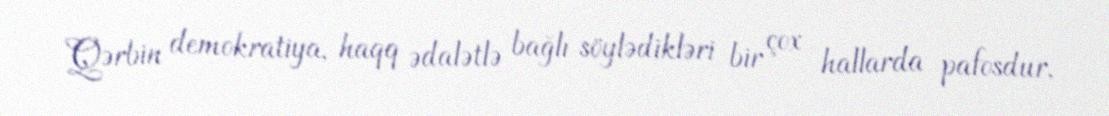
Qərbin demokratiya, haqq ədalətlə bağlı söylədikləri bir çox hallarda pafosdur,